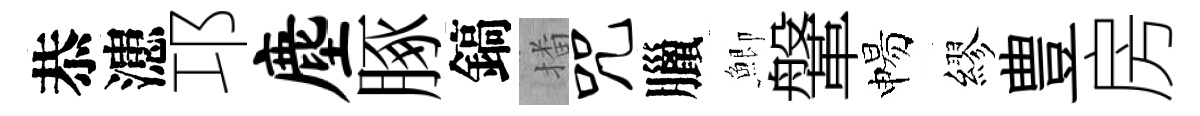
恭漶邛麈䐁鎬播咒臘鯽鞶惕繆豊房